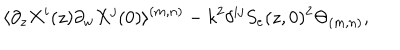
\langle \partial _ { z } X ^ { i } ( z ) \partial _ { w } X ^ { j } ( 0 ) \rangle ^ { ( m , n ) } - k ^ { 2 } \delta ^ { i j } S _ { e } ( z , 0 ) ^ { 2 } \Theta _ { ( m , n ) } ,